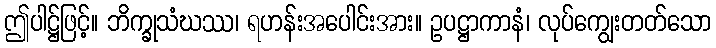
ဤပါဋ္ဌ်ဖြင့်။ ဘိက္ခုသံဃဿ၊ ရဟန်းအပေါင်းအား။ ဥပဋ္ဌာကာနံ၊ လုပ်ကျွေးတတ်သော